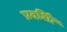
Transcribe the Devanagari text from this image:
प्रदर्शित्‍